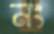
নং